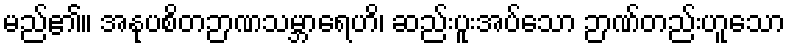
မည်၏။ အနုပစိတဉာဏသမ္ဘာရေဟိ၊ ဆည်းပူးအပ်သော ဉာဏ်တည်းဟူသော